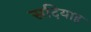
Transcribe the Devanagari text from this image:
सदियाह